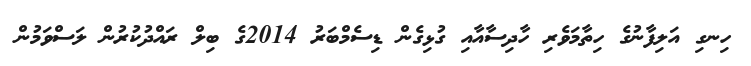
ހިނގި އަލިފާނުގެ ހިތާމަވެރި ހާދިސާއާއި ގުޅިގެން ޑިސެމްބަރު 2014ގެ ބިލް ރައްދުކުރުން ލަސްވަމުން